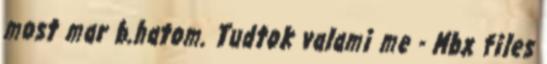
most mar b.hatom. Tudtok valami me - Mbx files